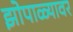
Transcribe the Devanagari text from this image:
झोपाळ्यावर